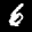
Label: 6